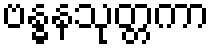
ဗန္ဓနသုတ္တကာ